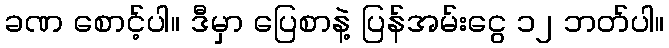
ခဏ စောင့်ပါ။ ဒီမှာ ပြေစာနဲ့ ပြန်အမ်းငွေ ၁၂ ဘတ်ပါ။